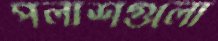
পলাশগুলো